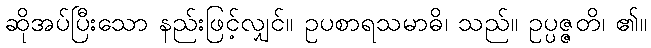
ဆိုအပ်ပြီးသော နည်းဖြင့်လျှင်။ ဥပစာရသမာဓိ၊ သည်။ ဥပ္ပဇ္ဇတိ၊ ၏။